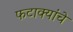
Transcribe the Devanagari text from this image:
फटाक्यांचे